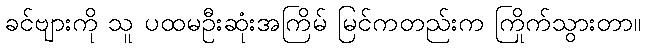
ခင်ဗျားကို သူ ပထမဦးဆုံးအကြိမ် မြင်ကတည်းက ကြိုက်သွားတာ။